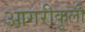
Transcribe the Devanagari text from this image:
आगरीकुली